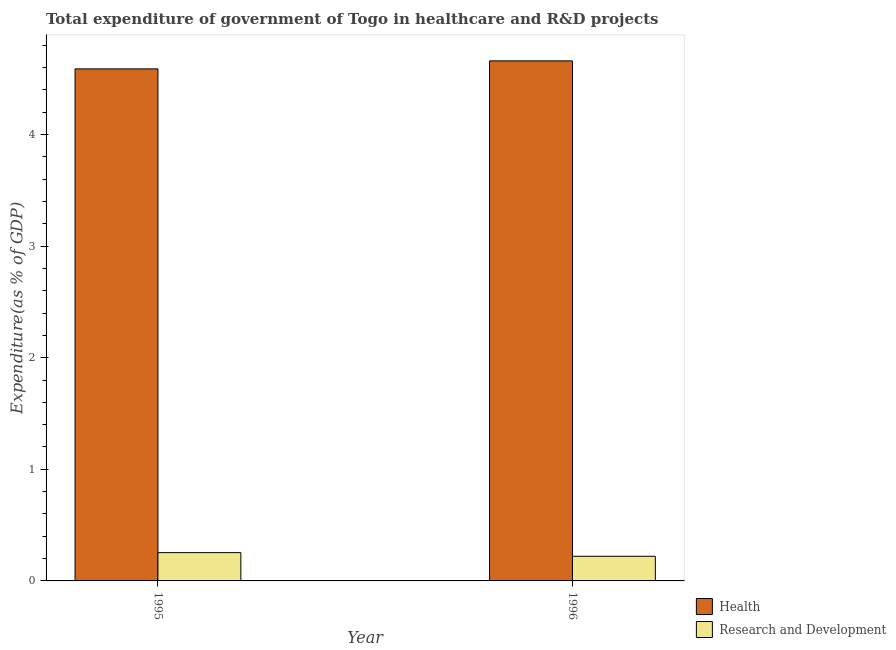
| Year | Health | Research and Development |
 | --- | --- | --- |
 | 1995 | 4.59 | 0.253 |
 | 1996 | 4.66 | 0.221 |